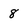
Character: 8